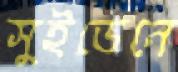
সুইডেনে